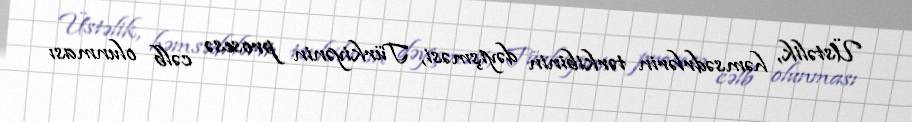
Üstəlik, həmsədrlərin tərkibinin dəyişməsi, Türkiyənin prosesə cəlb olunması